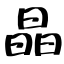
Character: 晶